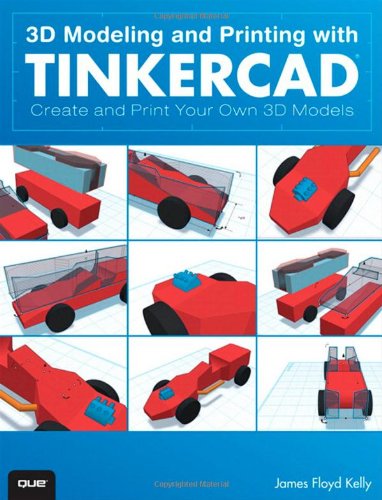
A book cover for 3D Modeling and Printing with Tinkercad: Create and Print Your Own 3D Models; James Floyd Kelly; Engineering & Transportation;